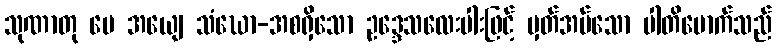
သုဏာတု မေ အယျေ သံဃော-အစရှိသော ဥဒ္ဒေသလေးပါးဖြင့် မှတ်အပ်သော ပါတိမောက်သည်